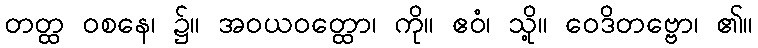
တတ္ထ ဝစနေ၊ ၌။ အဝယဝတ္ထော၊ ကို။ ဧဝံ၊ သို့။ ဝေဒိတဗ္ဗော၊ ၏။